Eesti_Rahvusfond, lk 162
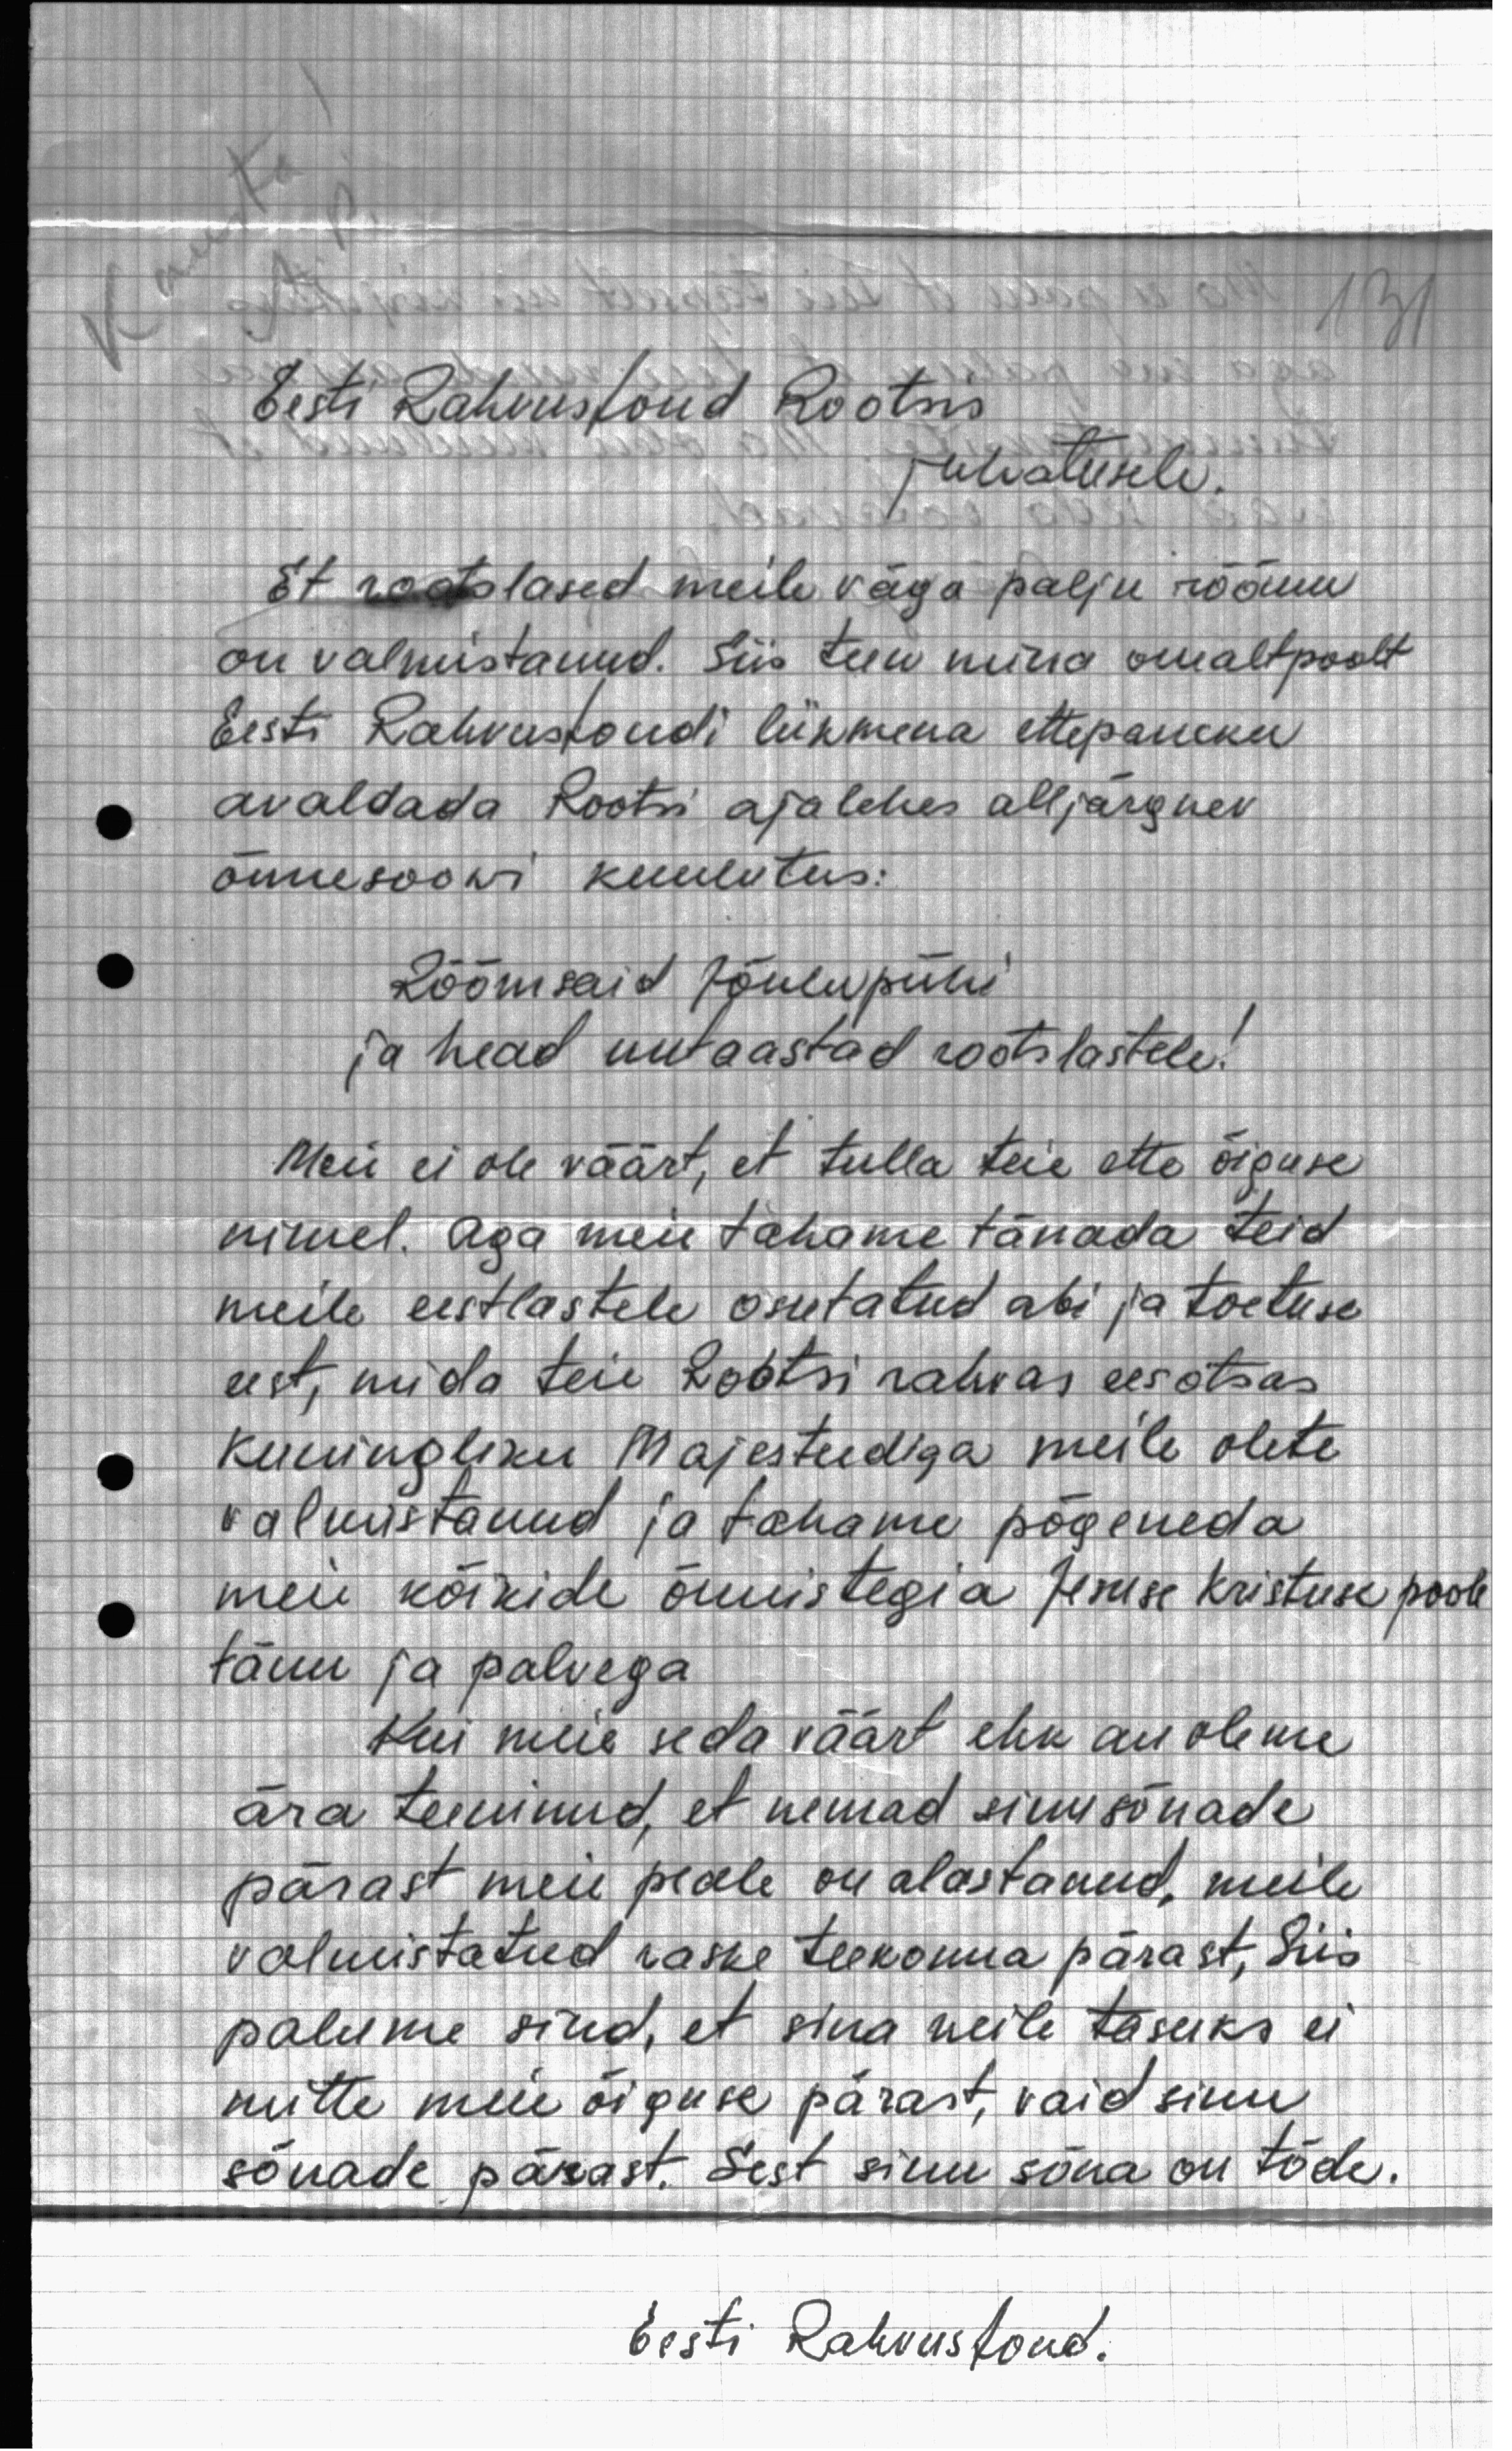
Eesti Rahvusfond Rootsis
juhatusele.
Et rootslased meile väga palju rõõmu
on valmistanud. Siis teen mina omaltpoolt
Eesti Rahvusfondi liikmena ettepaneku
avaldada Rootsi ajalehes alljärgnev
õnnesoowi kuulutus:
Rõõmsaid Jõulupühi
ja head uutaastad rootslastele!
Meie ei ole väärt, et tulla teie ette õiguse
nimel. Aga meie tahame tänada teid
meile eestlastele osutatud abi ja toetuse
eest, mida teie Rootsi rahvas eesotsas
kuningliku Majesteediga meile olete
valmistanud ja tahame põgeneda
meie kõikide õnnistegia Jeesuse Kristuse poole
tänu ja palvega
Kui meie seda väärt ehk au oleme
ära teeninud, et nemad sinu sõnade
pärast meie peale on alastanud, meile
valmistatud raske teekonna pärast, siis
palume sind, et sina neile tasuks ei
mitte meie õiguse pärast, vaid sinu
sõnade pärast. Sest sinu sõna on tõde.